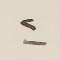
٢